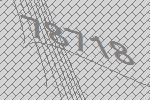
78718